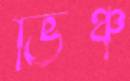
ভিঞ্চ